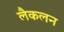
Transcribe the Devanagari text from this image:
लैकलन